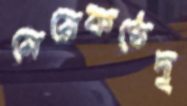
মেয়েকণ্ঠেদৃ